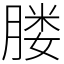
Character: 𦝼